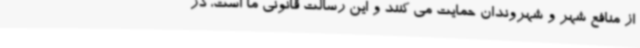
از منافع شهر و شهروندان حمایت می کنند و این رسالت قانونی ما است، در